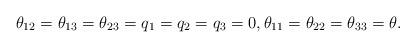
LaTeX: \begin{align*} \theta_{12} = \theta_{13} = \theta_{23} = q_1 = q_2 = q_3 = 0, \theta_{11} = \theta_{22} = \theta_{33} = \theta.\end{align*}